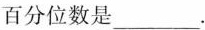
百分位数是___.